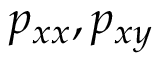
p _ { x x } , p _ { x y }